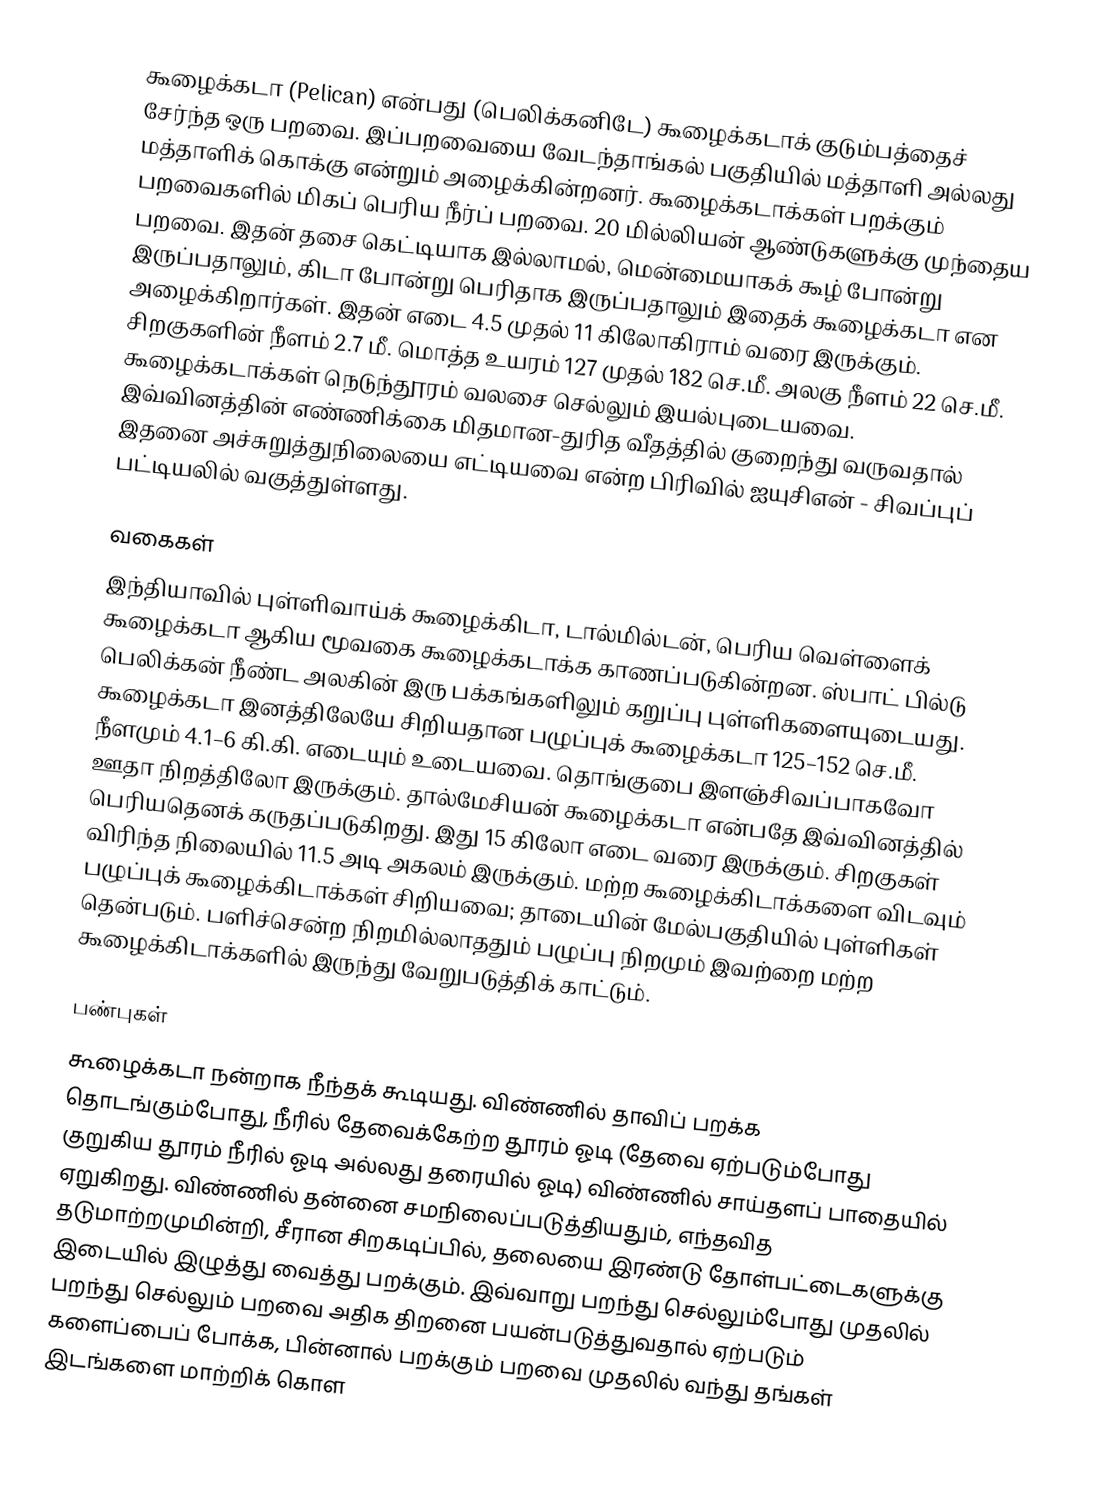
கூழைக்கடா (Pelican) என்பது (பெலிக்கனிடே) கூழைக்கடாக் குடும்பத்தைச் சேர்ந்த ஒரு பறவை. இப்பறவையை வேடந்தாங்கல் பகுதியில் மத்தாளி அல்லது மத்தாளிக் கொக்கு என்றும் அழைக்கின்றனர். கூழைக்கடாக்கள் பறக்கும் பறவைகளில் மிகப் பெரிய நீர்ப் பறவை. 20 மில்லியன் ஆண்டுகளுக்கு முந்தைய பறவை. இதன் தசை கெட்டியாக இல்லாமல், மென்மையாகக் கூழ் போன்று இருப்பதாலும், கிடா போன்று பெரிதாக இருப்பதாலும் இதைக் கூழைக்கடா என அழைக்கிறார்கள்.  இதன் எடை 4.5 முதல் 11 கிலோகிராம் வரை இருக்கும். சிறகுகளின் நீளம் 2.7 மீ. மொத்த உயரம் 127 முதல் 182 செ.மீ. அலகு நீளம் 22 செ.மீ. கூழைக்கடாக்கள் நெடுந்தூரம் வலசை செல்லும் இயல்புடையவை. இவ்வினத்தின் எண்ணிக்கை மிதமான-துரித வீதத்தில் குறைந்து வருவதால் இதனை அச்சுறுத்துநிலையை எட்டியவை என்ற பிரிவில் ஐயுசிஎன் - சிவப்புப் பட்டியலில் வகுத்துள்ளது.

வகைகள்
இந்தியாவில் புள்ளிவாய்க் கூழைக்கிடா, டால்மில்டன், பெரிய வெள்ளைக் கூழைக்கடா ஆகிய மூவகை கூழைக்கடாக்க காணப்படுகின்றன. ஸ்பாட் பில்டு பெலிக்கன் நீண்ட அலகின் இரு பக்கங்களிலும் கறுப்பு புள்ளிகளையுடையது. கூழைக்கடா இனத்திலேயே சிறியதான பழுப்புக் கூழைக்கடா 125–152 செ.மீ. நீளமும் 4.1–6 கி.கி. எடையும் உடையவை. தொங்குபை இளஞ்சிவப்பாகவோ ஊதா நிறத்திலோ இருக்கும். தால்மேசியன் கூழைக்கடா என்பதே இவ்வினத்தில் பெரியதெனக் கருதப்படுகிறது. இது  15 கிலோ எடை வரை இருக்கும். சிறகுகள் விரிந்த நிலையில் 11.5 அடி அகலம்  இருக்கும். மற்ற கூழைக்கிடாக்களை விடவும் பழுப்புக் கூழைக்கிடாக்கள் சிறியவை; தாடையின் மேல்பகுதியில் புள்ளிகள் தென்படும். பளிச்சென்ற நிறமில்லாததும் பழுப்பு நிறமும் இவற்றை மற்ற கூழைக்கிடாக்களில் இருந்து வேறுபடுத்திக் காட்டும்.

பண்புகள்
கூழைக்கடா நன்றாக நீந்தக் கூடியது. விண்ணில் தாவிப் பறக்க தொடங்கும்போது, நீரில் தேவைக்கேற்ற தூரம் ஓடி (தேவை ஏற்படும்போது குறுகிய தூரம் நீரில் ஓடி அல்லது தரையில் ஓடி) விண்ணில் சாய்தளப் பாதையில் ஏறுகிறது. விண்ணில் தன்னை சமநிலைப்படுத்தியதும், எந்தவித தடுமாற்றமுமின்றி, சீரான சிறகடிப்பில், தலையை இரண்டு தோள்பட்டைகளுக்கு இடையில் இழுத்து வைத்து பறக்கும். இவ்வாறு பறந்து செல்லும்போது முதலில் பறந்து செல்லும் பறவை அதிக திறனை பயன்படுத்துவதால் ஏற்படும் களைப்பைப் போக்க, பின்னால் பறக்கும் பறவை முதலில் வந்து தங்கள் இடங்களை மாற்றிக் கொள